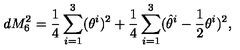
d M _ { 6 } ^ { 2 } = \frac { 1 } { 4 } \sum _ { i = 1 } ^ { 3 } ( \theta ^ { i } ) ^ { 2 } + \frac { 1 } { 4 } \sum _ { i = 1 } ^ { 3 } ( \hat { \theta } ^ { i } - \frac { 1 } { 2 } \theta ^ { i } ) ^ { 2 } ,